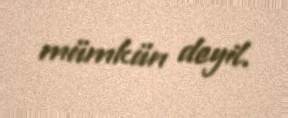
mümkün deyil.